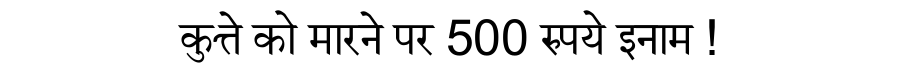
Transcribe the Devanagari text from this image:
कुत्ते को मारने पर 500 रुपये इनाम !